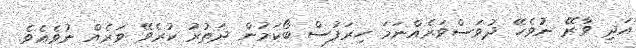
އަދި ވާރޭ ނުވެހޭ ދުވަސްވަރެއްނަމަ ހިރަފުސް ބޯކަމުން ދަތުރު ކުރެވޭ ވަރެއް ނުވެއެވެ.